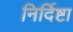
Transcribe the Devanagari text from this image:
निर्दिष्टा